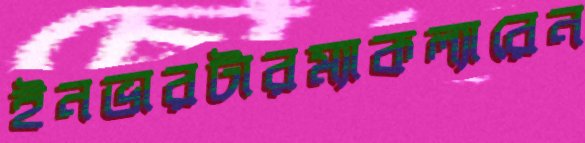
ইনভারটারম্যাকল্যারেন